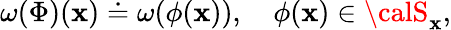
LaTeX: \omega(\Phi)(\mathbf{x})\doteq\omega(\phi(\mathbf{x})),\quad\phi(\mathbf{x})\in{\calS}_{\mathbf{x}},